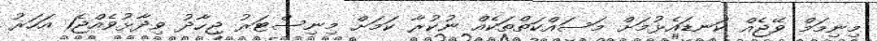
މިނިމަމް ވޭޖެއް ކަނޑައެޅުމަށް މަސައްކަތްތަކެއް ނުކުރާ ކަމަށް މިނިސްޓަރު ޖިހާދު ވިދާޅުވެއްޖެ1 އަހަރު